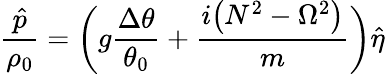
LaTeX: \frac{\hat{p}}{\rho_{0}}=\biggl(g\frac{\Delta\theta}{\theta_{0}}+\frac{i\bigl(N^{2}-\Omega^{2}\bigl)}{m}\biggl)\hat{\eta}